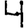
Digit: 4